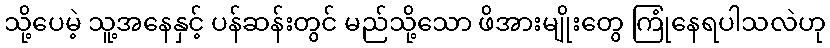
သို့ပေမဲ့ သူ့အနေနှင့် ပန်ဆန်းတွင် မည်သို့သော ဖိအားမျိုးတွေ ကြုံနေရပါသလဲဟု